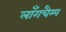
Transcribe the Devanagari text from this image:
लॉंगचैम्प